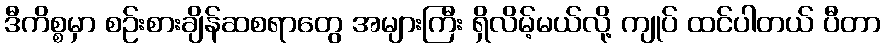
ဒီကိစ္စမှာ စဉ်းစားချိန်ဆစရာတွေ အများကြီး ရှိလိမ့်မယ်လို့ ကျုပ် ထင်ပါတယ် ပီတာ